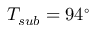
T _ { s u b } = 9 4 ^ { \circ }